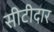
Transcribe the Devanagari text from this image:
सीटीदार